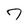
Character: 7